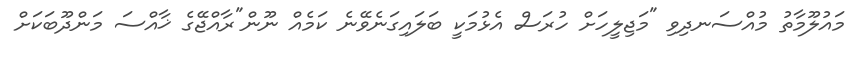
މައުލޫމާތު މުއްސަނދިވި "މަޖިލީހަށް ހުރަސް އެޅުމަކީ ބަލައިގަނެވޭނެ ކަމެއް ނޫން"ރާއްޖޭގެ ޚާއްސަ މަންދޫބަކަށް